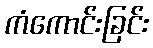
ကံကောင်းခြင်း